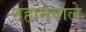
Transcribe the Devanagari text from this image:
नहानेवाले